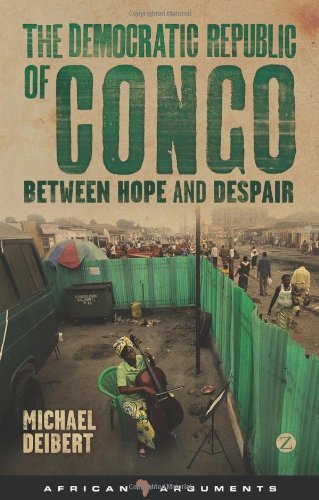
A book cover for The Democratic Republic of Congo: Between Hope and Despair (African Arguments); Michael Deibert; Law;